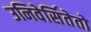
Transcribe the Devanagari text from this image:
उनिवेर्सितेतो